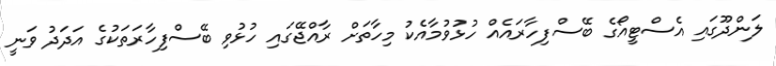
ލަންދޫގައި އެސްޓީއޯގެ ބޭސްފިހާރައެއް ހުޅުވުމާއެކު މިހާތަށް ރާއްޖޭގައި ހުޅުވި ބޭސްފިހާރަތަކުގެ އަދަދު ވަނީ